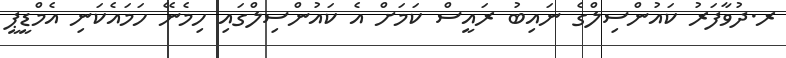
ރ.ދުވާފަރު ކައުންސިލްގެ ނައިބު ރައީސް ކަމަށް އެ ކައުންސިލްގައި ހިމެނޭ ހަމައެކަނި އެމްޑީޕީ